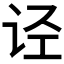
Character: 𰵡